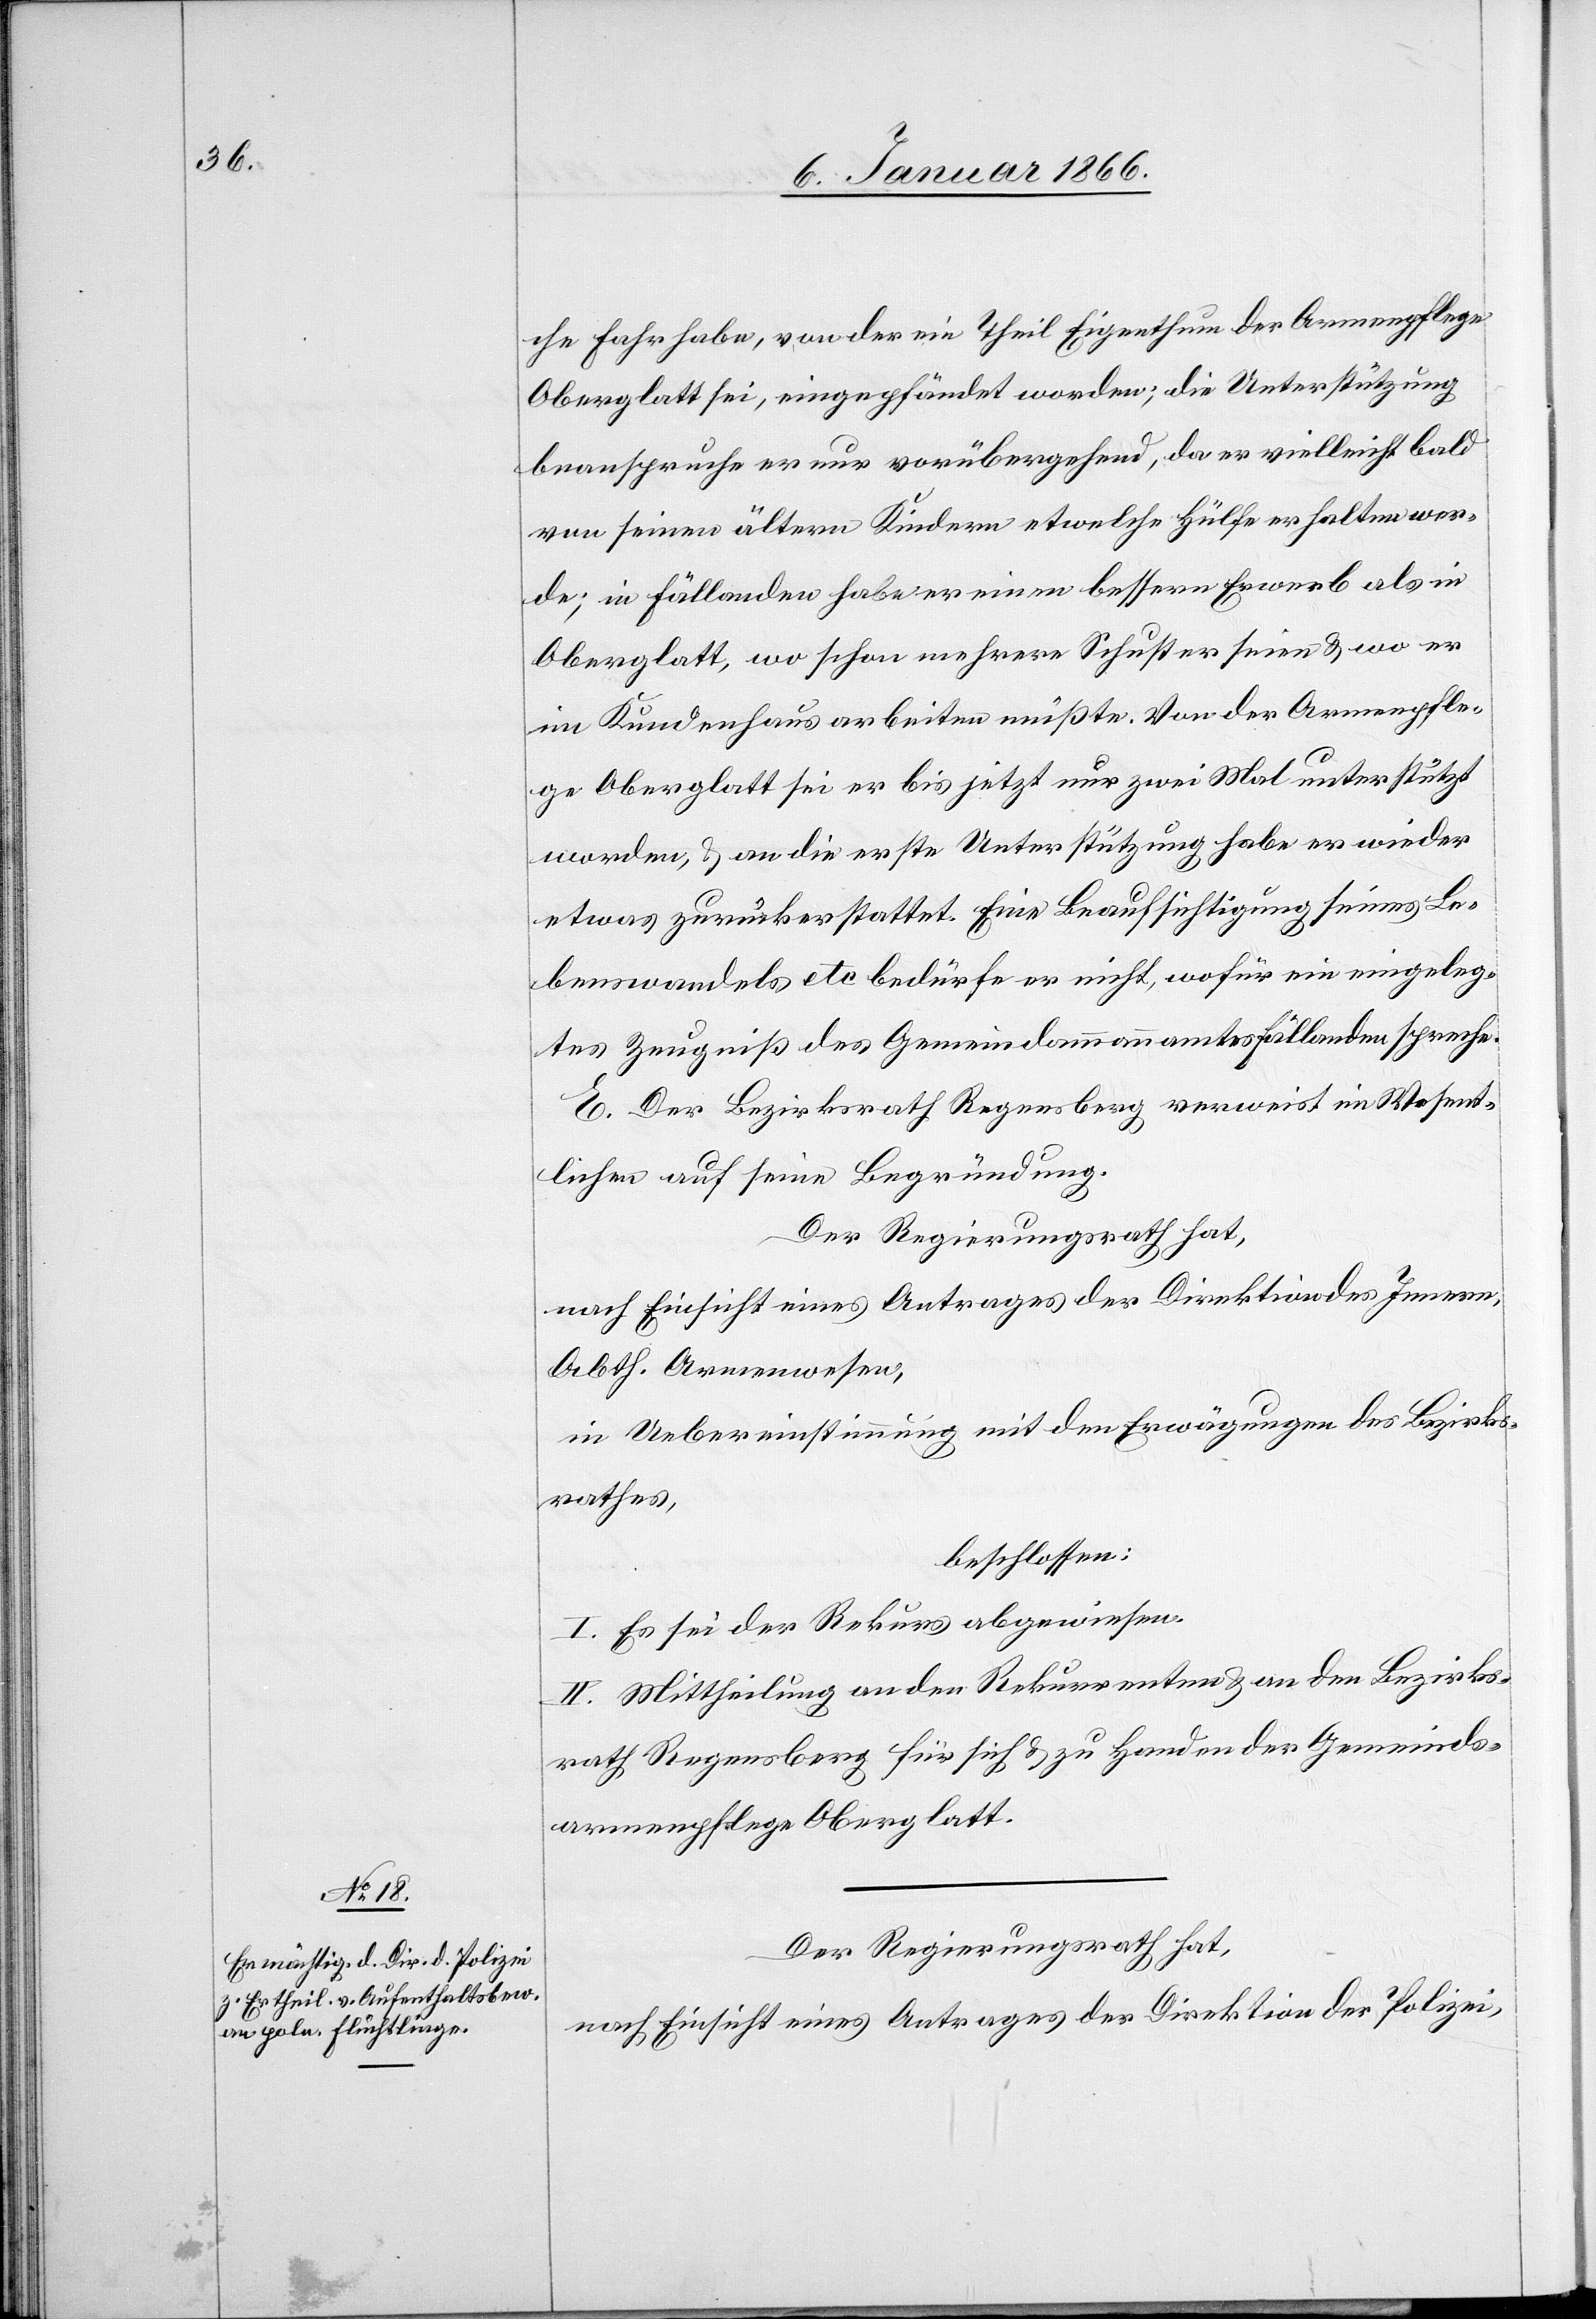
che Fahrhabe, von der ein Theil Eigenthum der Armenpflege
Oberglatt sei, eingepfändet worden; die Unterstützung
beanspruche er nur vorübergehend, da er vielleicht bald
von seinen ältern Kindern etwelche Hülfe erhalten wer¬
de; in Fällanden habe er einen bessern Erwerb als in
Oberglatt, wo schon mehrere Schuster seien u. wo er
im Kundenhaus arbeiten müßte. Von der Armenpfle¬
ge Oberglatt sei er bis jetzt nur zwei Mal unterstützt
worden u. an die erste Unterstützung habe er wieder
etwas zurückerstattet. Eine Beaufsichtigung seines Le¬
benswandels etc bedürfe er nicht, wofür ein eingeleg¬
tes Zeugniß des Gemeindammannamtes Fällanden spreche.
E. Der Bezirksrath Regensberg verweist im Wesent¬
lichen auf seine Begründung.
Der Regierungsrath hat,
nach Einsicht eines Antrages der Direktion des Innern,
Abth. Armenwesen,
in Uebereinstimmung mit den Erwägungen des Bezirks¬
rathes,
beschlossen:
I. Es sei der Rekurs abgewiesen.
II. Mittheilung an den Rekurrenten u. an den Bezirks¬
rath Regensberg für sich u. zu Handen der Gemeinds¬
armenpflege Oberglatt.
Der Regierungsrath hat,
nach Einsicht eines Antrages der Direktion der Polizei,